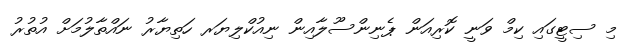
މި ސިޓީގައި ކިމް ވަނީ ކޮރިއަން ޕެނިންސޫލާއިން ނިއުކްލިޔަރ ހަތިޔާރު ނައްތާލުމަށް އުތުރު